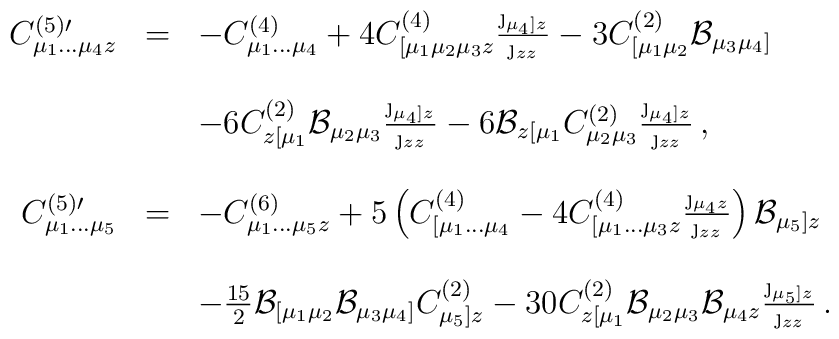
\begin{array}{rcl}C^{(5) \prime}_{\mu_1 \dots \mu_4 z} &=& - C^{(4)}_{\mu_1 \dots \mu_4}+ 4  C^{(4)}_{[\mu_1 \mu_2 \mu_3 z} {\j_{\mu_4] z} \over \j_{zz}}- 3 C^{(2)}_{[\mu_1 \mu_2} {\cal B}_{\mu_3 \mu_4]}\\& &\\& &-6C^{(2)}_{z [\mu_1} {\cal B}_{\mu_2 \mu_3} {\j_{\mu_4] z} \over \j_{zz}}-6{\cal B}_{z [\mu_1}C^{(2)}_{\mu_2 \mu_3} {\j_{\mu_4] z} \over \j_{zz}}\, ,\\& &\\C^{(5) \prime}_{\mu_1 \dots \mu_5} &=& -C^{(6)}_{\mu_1 \dots \mu_5 z}+5 \left( C^{(4)}_{[\mu_1 \dots \mu_4}- 4 C^{(4)}_{[\mu_1 \dots \mu_3 z} {\j_{\mu_4 z} \over \j_{zz}}\right){\cal B}_{\mu_5]z}\\& &\\& &-{15 \over 2}{\cal B}_{[\mu_1 \mu_2}{\cal B}_{\mu_3 \mu_4]}C^{(2)}_{\mu_5] z} - 30 C^{(2)}_{z [\mu_1} {\cal B}_{\mu_2 \mu_3}{\cal B}_{\mu_4 z}{\j_{\mu_5] z} \over \j_{zz}}\, .\\ \end{array}